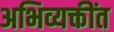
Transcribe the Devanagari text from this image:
अभिव्यक्तींत